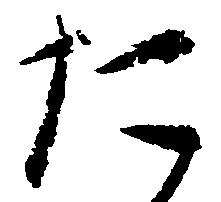
た